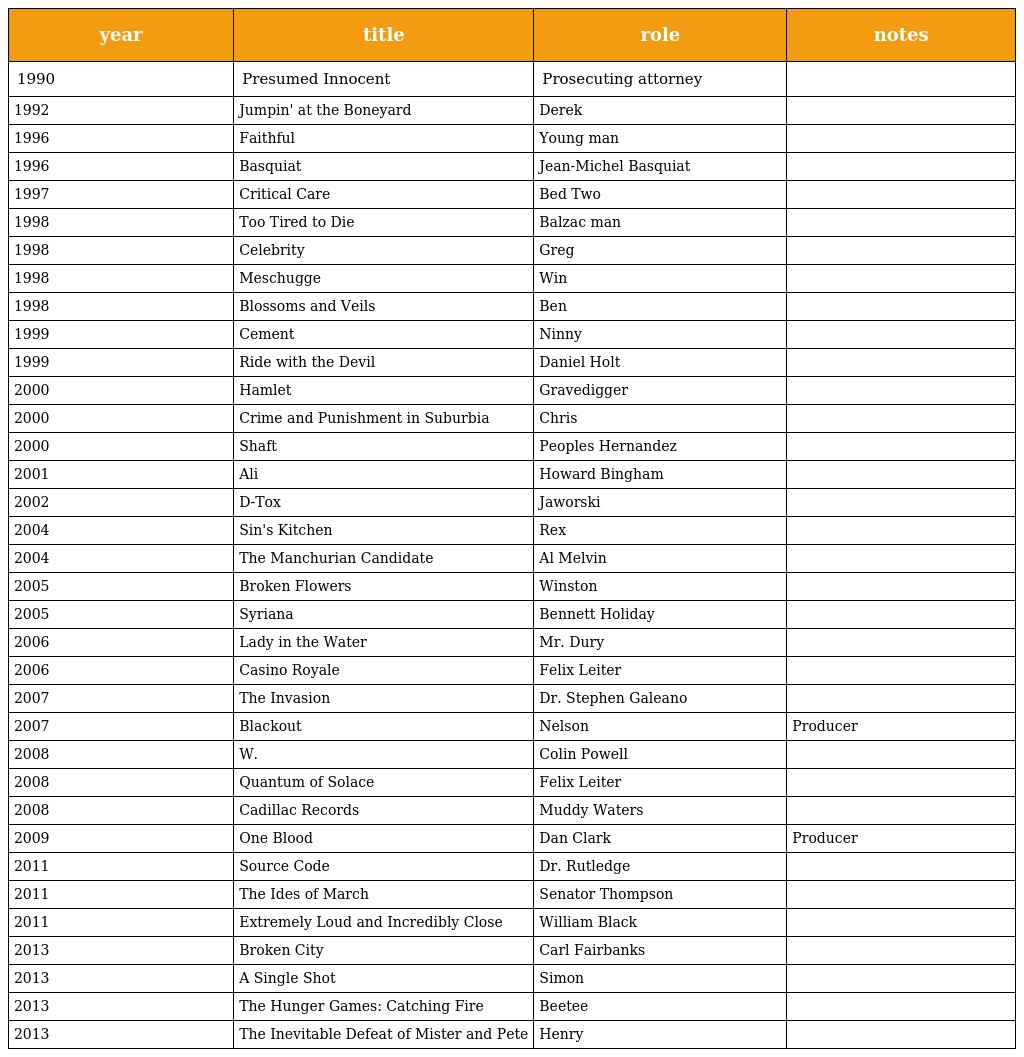
| year | title | role | notes |
 | --- | --- | --- | --- |
 | 1990 | Presumed Innocent | Prosecuting attorney |  |
 | 1992 | Jumpin' at the Boneyard | Derek |  |
 | 1996 | Faithful | Young man |  |
 | 1996 | Basquiat | Jean-Michel Basquiat |  |
 | 1997 | Critical Care | Bed Two |  |
 | 1998 | Too Tired to Die | Balzac man |  |
 | 1998 | Celebrity | Greg |  |
 | 1998 | Meschugge | Win |  |
 | 1998 | Blossoms and Veils | Ben |  |
 | 1999 | Cement | Ninny |  |
 | 1999 | Ride with the Devil | Daniel Holt |  |
 | 2000 | Hamlet | Gravedigger |  |
 | 2000 | Crime and Punishment in Suburbia | Chris |  |
 | 2000 | Shaft | Peoples Hernandez |  |
 | 2001 | Ali | Howard Bingham |  |
 | 2002 | D-Tox | Jaworski |  |
 | 2004 | Sin's Kitchen | Rex |  |
 | 2004 | The Manchurian Candidate | Al Melvin |  |
 | 2005 | Broken Flowers | Winston |  |
 | 2005 | Syriana | Bennett Holiday |  |
 | 2006 | Lady in the Water | Mr. Dury |  |
 | 2006 | Casino Royale | Felix Leiter |  |
 | 2007 | The Invasion | Dr. Stephen Galeano |  |
 | 2007 | Blackout | Nelson | Producer |
 | 2008 | W. | Colin Powell |  |
 | 2008 | Quantum of Solace | Felix Leiter |  |
 | 2008 | Cadillac Records | Muddy Waters |  |
 | 2009 | One Blood | Dan Clark | Producer |
 | 2011 | Source Code | Dr. Rutledge |  |
 | 2011 | The Ides of March | Senator Thompson |  |
 | 2011 | Extremely Loud and Incredibly Close | William Black |  |
 | 2013 | Broken City | Carl Fairbanks |  |
 | 2013 | A Single Shot | Simon |  |
 | 2013 | The Hunger Games: Catching Fire | Beetee |  |
 | 2013 | The Inevitable Defeat of Mister and Pete | Henry |  |